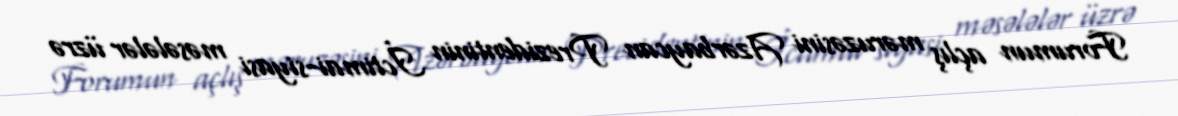
Forumun açlış məruzəsini Azərbaycan Prezidentinin İctimai-siyasi məsələlər üzrə